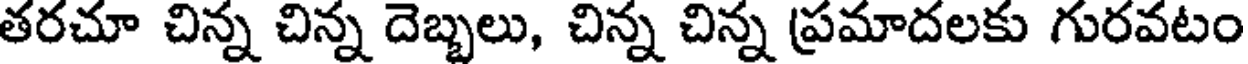
తరచూ చిన్న చిన్న దెబ్బలు, చిన్న చిన్న ప్రమాదలకు గురవటం